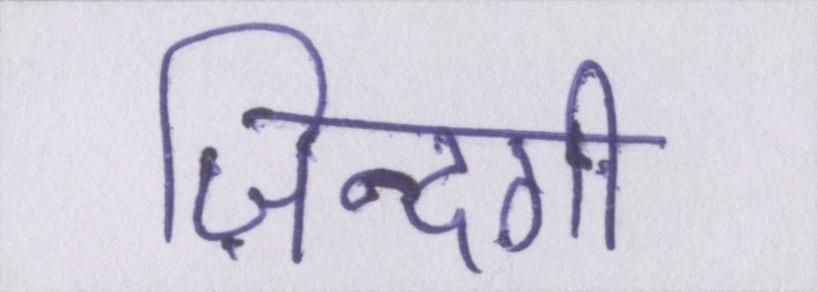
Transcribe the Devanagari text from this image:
ज़िन्दगी